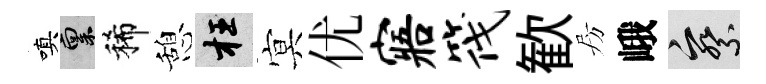
嗔禀稀憩枉㝠优寤筏歓房峨察